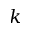
k